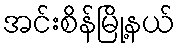
အင်းစိန်မြို့နယ်